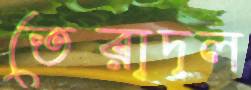
তেরাদল